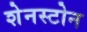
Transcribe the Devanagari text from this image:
शेनस्टोन